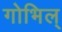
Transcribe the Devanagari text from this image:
गोभिल्